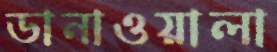
ডানাওয়ালা